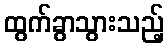
ထွက်ခွာသွားသည့်